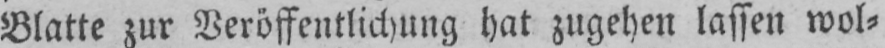
Blatte zur Veröffentlichung hat zugehen lassen wol⸗